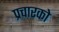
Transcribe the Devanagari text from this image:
प्रचारको